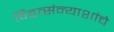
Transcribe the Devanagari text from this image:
विद्वत्संन्याशांचे